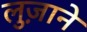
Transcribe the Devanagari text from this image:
लुज़ाने